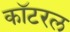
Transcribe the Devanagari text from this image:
कॉटरल